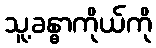
သူ့ခန္ဓာကိုယ်ကို